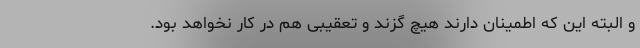
و البته این که اطمینان دارند هیچ گزند و تعقیبی هم در کار نخواهد بود.